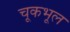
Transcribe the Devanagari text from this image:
चूकभूल